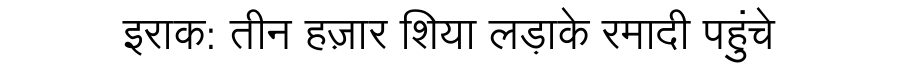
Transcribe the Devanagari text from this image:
इराक: तीन हज़ार शिया लड़ाके रमादी पहुंचे